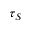
\tau _ { S }